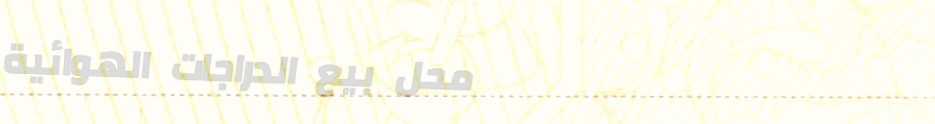
محل بيع الدراجات الهوائية